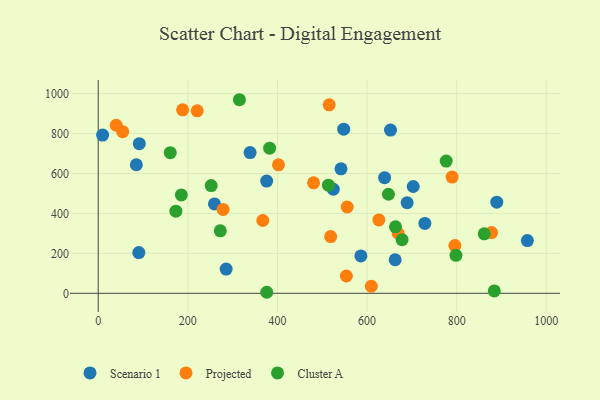
{"axis": {"x": "Investment", "y": "Fuel Efficiency"}, "legend": ["Cluster A", "Projected", "Scenario 1"], "data": [{"x": "338.9", "y": 704.7, "type": "Scenario 1"}, {"x": "586.2", "y": 187.2, "type": "Scenario 1"}, {"x": "90.6", "y": 203.9, "type": "Scenario 1"}, {"x": "85.0", "y": 643.8, "type": "Scenario 1"}, {"x": "889.5", "y": 456.3, "type": "Scenario 1"}, {"x": "957.8", "y": 264.0, "type": "Scenario 1"}, {"x": "259.4", "y": 447.6, "type": "Scenario 1"}, {"x": "662.7", "y": 168.1, "type": "Scenario 1"}, {"x": "652.3", "y": 817.5, "type": "Scenario 1"}, {"x": "639.1", "y": 578.9, "type": "Scenario 1"}, {"x": "9.8", "y": 792.3, "type": "Scenario 1"}, {"x": "375.9", "y": 561.9, "type": "Scenario 1"}, {"x": "703.0", "y": 534.9, "type": "Scenario 1"}, {"x": "729.0", "y": 350.1, "type": "Scenario 1"}, {"x": "91.6", "y": 749.3, "type": "Scenario 1"}, {"x": "524.7", "y": 521.1, "type": "Scenario 1"}, {"x": "689.4", "y": 453.5, "type": "Scenario 1"}, {"x": "541.8", "y": 623.5, "type": "Scenario 1"}, {"x": "285.5", "y": 121.4, "type": "Scenario 1"}, {"x": "547.9", "y": 822.0, "type": "Scenario 1"}, {"x": "367.3", "y": 364.5, "type": "Projected"}, {"x": "789.8", "y": 581.9, "type": "Projected"}, {"x": "188.4", "y": 918.9, "type": "Projected"}, {"x": "609.5", "y": 35.4, "type": "Projected"}, {"x": "669.5", "y": 300.7, "type": "Projected"}, {"x": "54.6", "y": 809.5, "type": "Projected"}, {"x": "796.0", "y": 239.3, "type": "Projected"}, {"x": "402.3", "y": 643.2, "type": "Projected"}, {"x": "278.7", "y": 420.2, "type": "Projected"}, {"x": "515.5", "y": 943.9, "type": "Projected"}, {"x": "555.7", "y": 432.2, "type": "Projected"}, {"x": "220.9", "y": 913.6, "type": "Projected"}, {"x": "480.6", "y": 553.2, "type": "Projected"}, {"x": "877.8", "y": 304.0, "type": "Projected"}, {"x": "40.1", "y": 841.5, "type": "Projected"}, {"x": "626.3", "y": 367.7, "type": "Projected"}, {"x": "518.8", "y": 284.0, "type": "Projected"}, {"x": "553.8", "y": 86.6, "type": "Projected"}, {"x": "647.7", "y": 496.0, "type": "Cluster A"}, {"x": "315.1", "y": 969.4, "type": "Cluster A"}, {"x": "798.4", "y": 190.2, "type": "Cluster A"}, {"x": "185.5", "y": 492.9, "type": "Cluster A"}, {"x": "160.7", "y": 704.1, "type": "Cluster A"}, {"x": "861.5", "y": 298.0, "type": "Cluster A"}, {"x": "252.1", "y": 539.6, "type": "Cluster A"}, {"x": "884.0", "y": 12.2, "type": "Cluster A"}, {"x": "376.1", "y": 5.2, "type": "Cluster A"}, {"x": "513.8", "y": 541.6, "type": "Cluster A"}, {"x": "272.4", "y": 313.1, "type": "Cluster A"}, {"x": "173.3", "y": 411.5, "type": "Cluster A"}, {"x": "382.5", "y": 726.9, "type": "Cluster A"}, {"x": "678.1", "y": 268.6, "type": "Cluster A"}, {"x": "663.5", "y": 332.8, "type": "Cluster A"}, {"x": "776.6", "y": 662.3, "type": "Cluster A"}]}